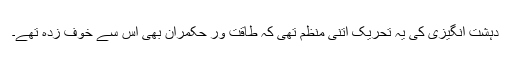
دہشت انگیزی کی یہ تحریک اتنی منظم تھی کہ طاقت ور حکمران بھی اس سے خوف زدہ تھے۔